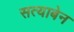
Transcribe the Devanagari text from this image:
सत्याबेन